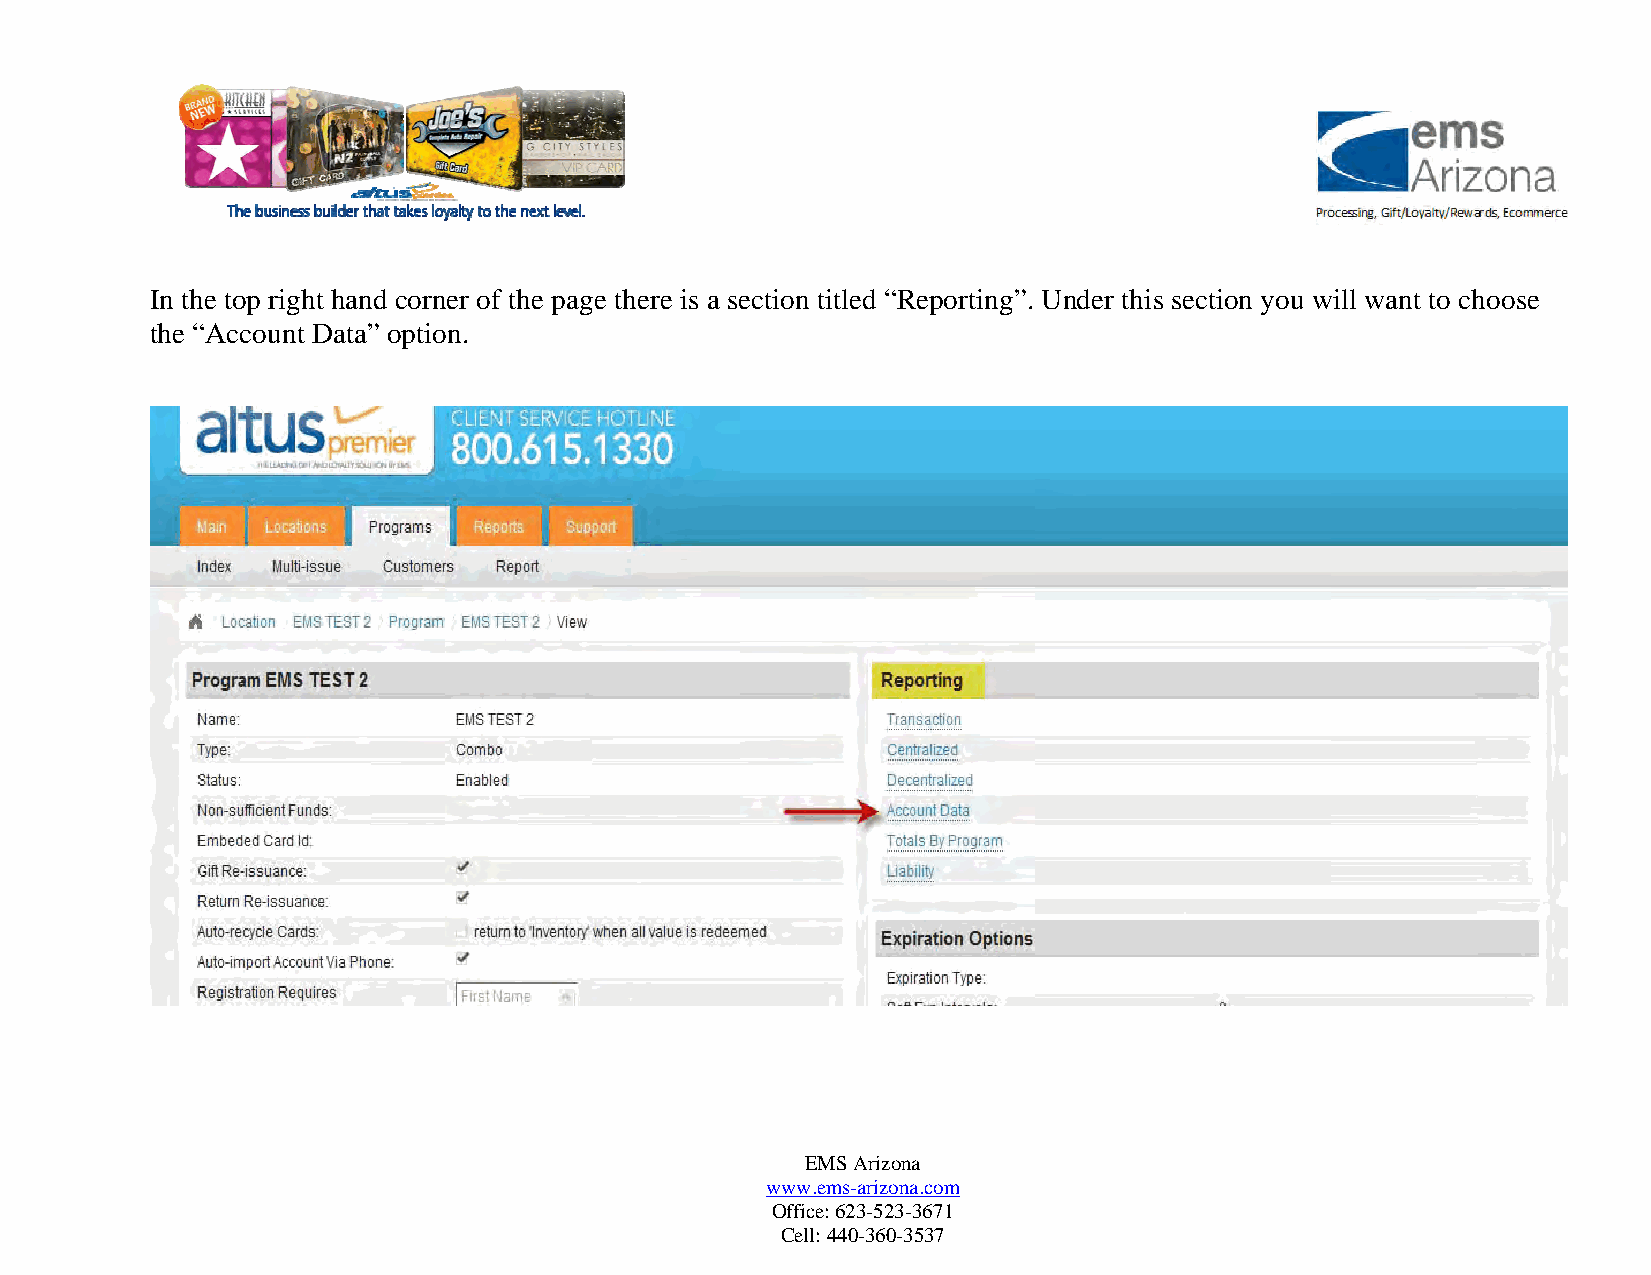
In the top right hand corner of the page there is a section titled “Reporting”. Under this section you will want to choose
 the “Account Data” option.
 EMS Arizona
 www.ems-arizona.com
 Office: 623-523-3671
 Cell: 440-360-3537